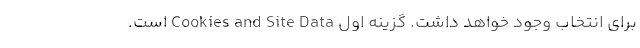
برای انتخاب وجود خواهد داشت. گزینه اول Cookies and Site Data است.